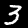
Digit: 3